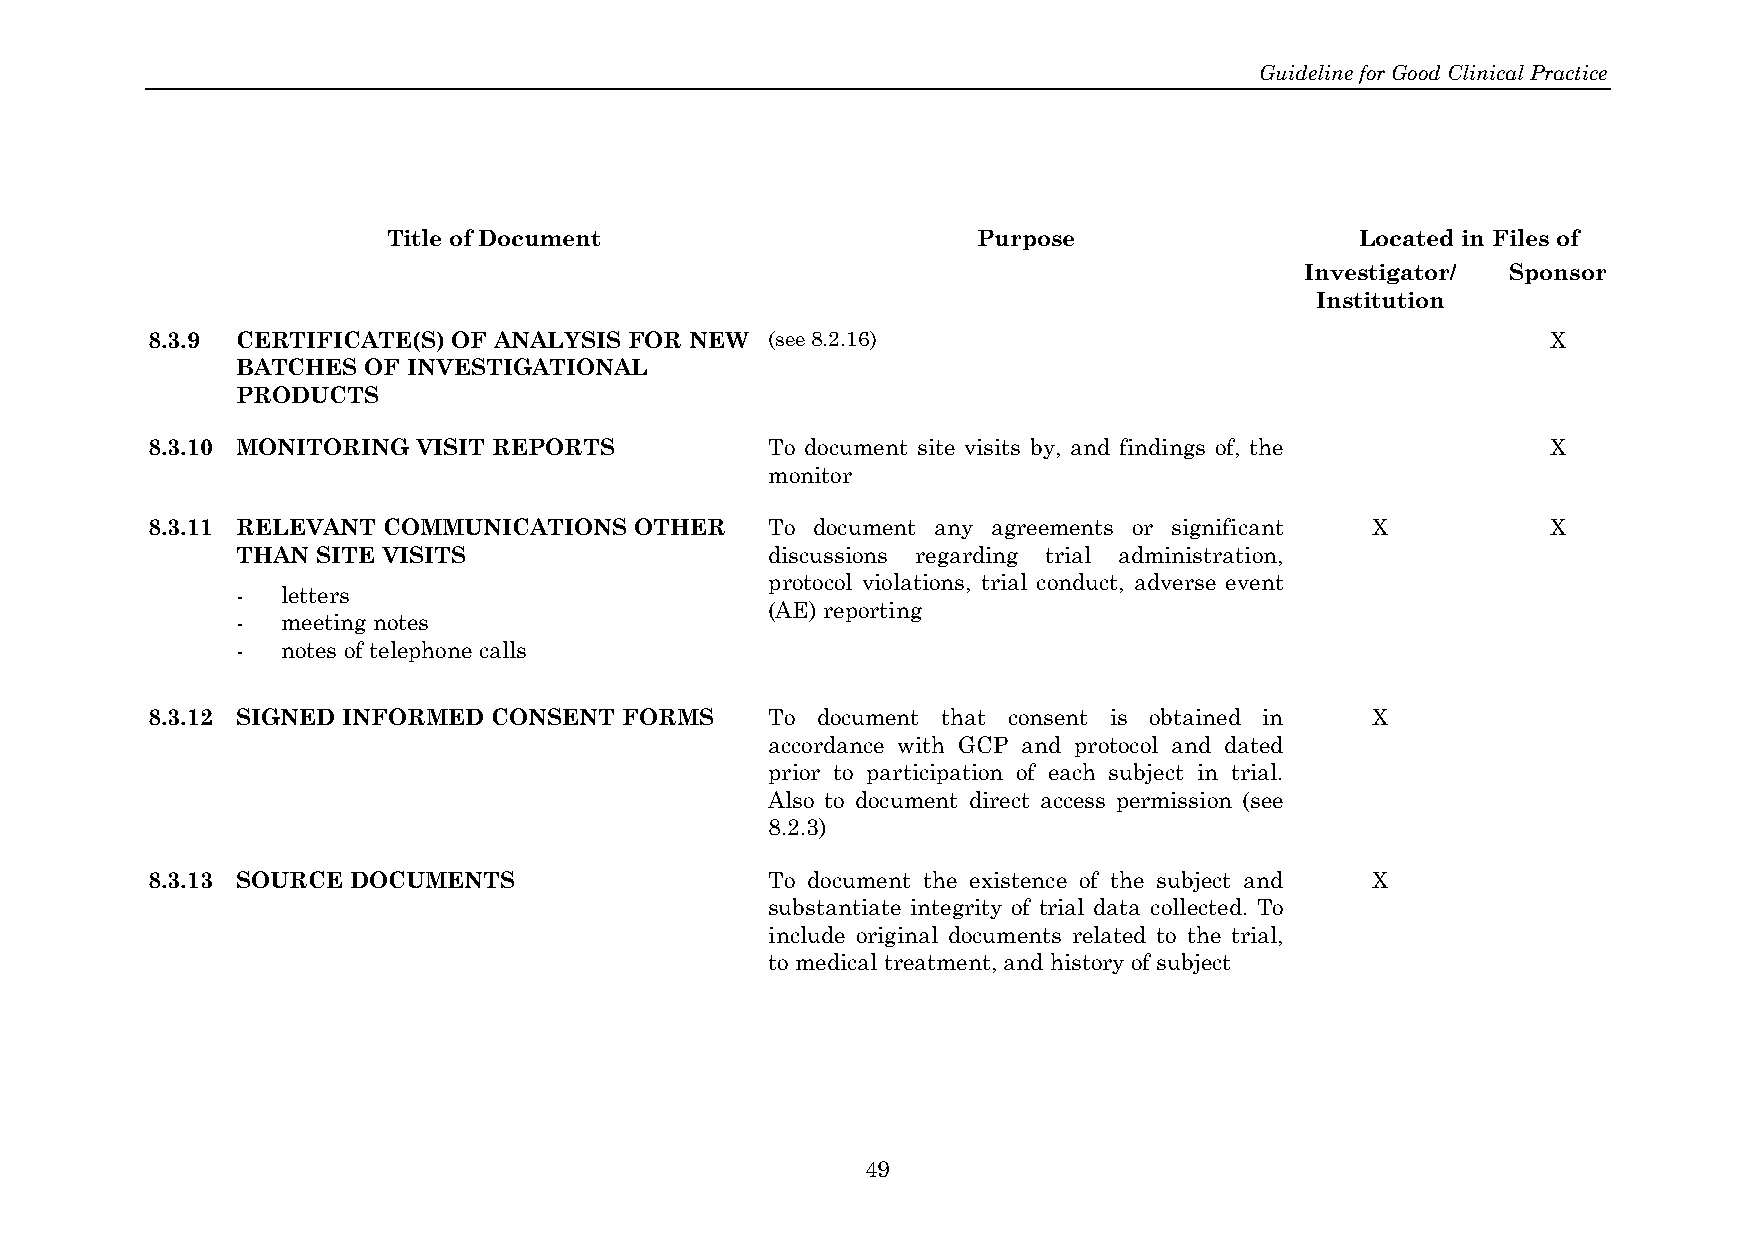
Guideline for Good Clinical Practice
 Title of Document                      Purpose                  Located in Files of
 Investigator/ Sponsor
 Institution
 8.3.9 CERTIFICATE(S) OF ANALYSIS FOR NEW (see 8.2.16)                                        X
 BATCHES OF INVESTIGATIONAL
 PRODUCTS
 8.3.10 MONITORING VISIT REPORTS          To document site visits by, and findings of, the    X
 monitor
 8.3.11 RELEVANT COMMUNICATIONS  OTHER    To document any agreements or significant X         X
 THAN SITE VISITS                   discussions regarding trial administration,
 protocol violations, trial conduct, adverse event
 -  letters
 (AE) reporting
 -  meeting notes
 -  notes of telephone calls
 8.3.12 SIGNED INFORMED CONSENT FORMS     To document that consent is obtained in X
 accordance with GCP and protocol and dated
 prior to participation of each subject in trial.
 Also to document direct access permission (see
 8.2.3)
 8.3.13 SOURCE DOCUMENTS                  To document the existence of the subject and X
 substantiate integrity of trial data collected. To
 include original documents related to the trial,
 to medical treatment, and history of subject
 49